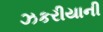
ઝકરીયાની